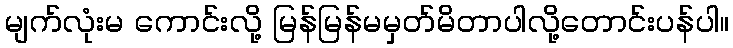
မျက်လုံးမ ကောင်းလို့ မြန်မြန်မမှတ်မိတာပါလို့တောင်းပန်ပါ။